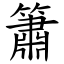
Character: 簫